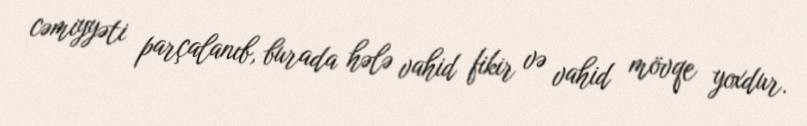
cəmiyyəti parçalanıb, burada hələ vahid fikir və vahid mövqe yoxdur.